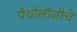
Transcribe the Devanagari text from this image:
पॅथॉलॉजीचे